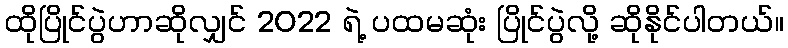
ထိုပြိုင်ပွဲဟာဆိုလျှင် 2022 ရဲ့ ပထမဆုံး ပြိုင်ပွဲလို့ ဆိုနိုင်ပါတယ်။